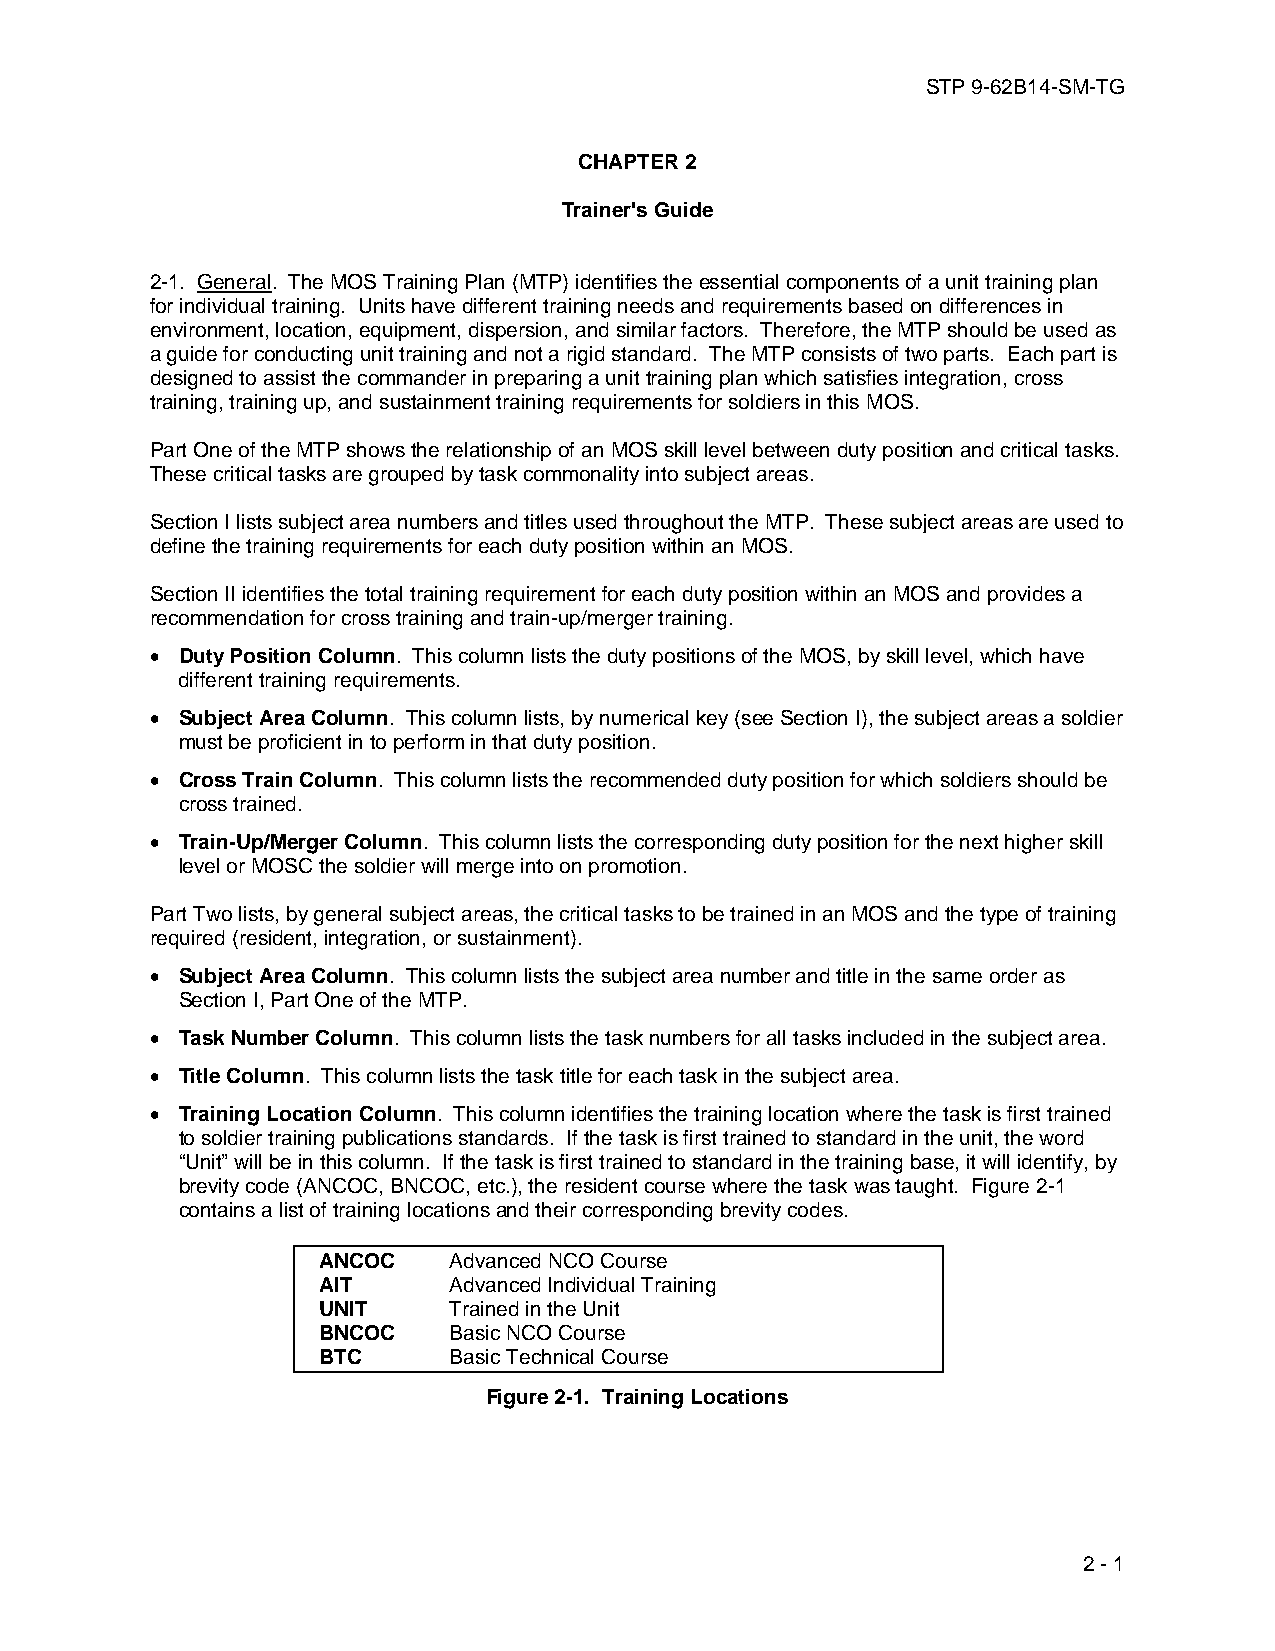
STP 9-62B14-SM-TG
 CHAPTER 2
 Trainer's Guide
 2-1. General. The MOS Training Plan (MTP) identifies the essential components of a unit training plan
 for individual training. Units have different training needs and requirements based on differences in
 environment, location, equipment, dispersion, and similar factors. Therefore, the MTP should be used as
 a guide for conducting unit training and not a rigid standard. The MTP consists of two parts. Each part is
 designed to assist the commander in preparing a unit training plan which satisfies integration, cross
 training, training up, and sustainment training requirements for soldiers in this MOS.
 Part One of the MTP shows the relationship of an MOS skill level between duty position and critical tasks.
 These critical tasks are grouped by task commonality into subject areas.
 Section I lists subject area numbers and titles used throughout the MTP. These subject areas are used to
 define the training requirements for each duty position within an MOS.
 Section II identifies the total training requirement for each duty position within an MOS and provides a
 recommendation for cross training and train-up/merger training.
 • Duty Position Column. This column lists the duty positions of the MOS, by skill level, which have
 different training requirements.
 • Subject Area Column. This column lists, by numerical key (see Section I), the subject areas a soldier
 must be proficient in to perform in that duty position.
 • Cross Train Column. This column lists the recommended duty position for which soldiers should be
 cross trained.
 • Train-Up/Merger Column. This column lists the corresponding duty position for the next higher skill
 level or MOSC the soldier will merge into on promotion.
 Part Two lists, by general subject areas, the critical tasks to be trained in an MOS and the type of training
 required (resident, integration, or sustainment).
 • Subject Area Column. This column lists the subject area number and title in the same order as
 Section I, Part One of the MTP.
 • Task Number Column. This column lists the task numbers for all tasks included in the subject area.
 • Title Column. This column lists the task title for each task in the subject area.
 • Training Location Column. This column identifies the training location where the task is first trained
 to soldier training publications standards. If the task is first trained to standard in the unit, the word
 “Unit” will be in this column. If the task is first trained to standard in the training base, it will identify, by
 brevity code (ANCOC, BNCOC, etc.), the resident course where the task was taught. Figure 2-1
 contains a list of training locations and their corresponding brevity codes.
 ANCOC    Advanced NCO Course
 AIT      Advanced Individual Training
 UNIT     Trained in the Unit
 BNCOC    Basic NCO Course
 BTC      Basic Technical Course
 Figure 2-1. Training Locations
 2 - 1